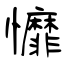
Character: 戂